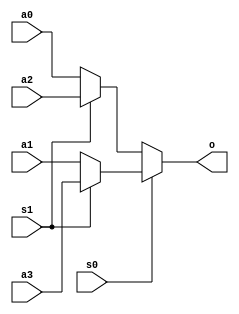
`timescale 1ns/1ns
module mux( a0, a1, a2, a3, s0, s1, o);
input a0, a1, a2, a3, s0, s1;
output o;
    assign o = (s0 == 1'b0) ? ((s1 == 1'b0) ? a0 : a2) : ((s1 == 1'b0) ? a1 : a3);
endmodule

module mux_t;
reg [3:0]A;
reg[1:0]S;
wire o;
mux uut(
        A[0],A[1],A[2],A[3],S[0],S[1],o
    );

initial begin
    $dumpfile("mux_t.vcd");
    $dumpvars(0,mux_t);
    A=4'b1011;#20;
    S=2'b10;
    #20;

        
end

endmodule